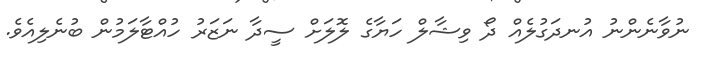
ނުވާނެންނު އުނދަގުލެއް ދޯ ވިޝާލް ހަޔާގެ ލޮލަށް ސީދާ ނަޒަރު ހުއްޓާލަމުން ބުނެލިއެވެ.